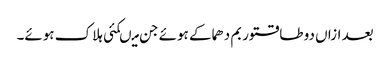
بعد ازاں دو طاقتور بم دھماکے ہوئے جن میںکئی ہلاک ہوئے۔